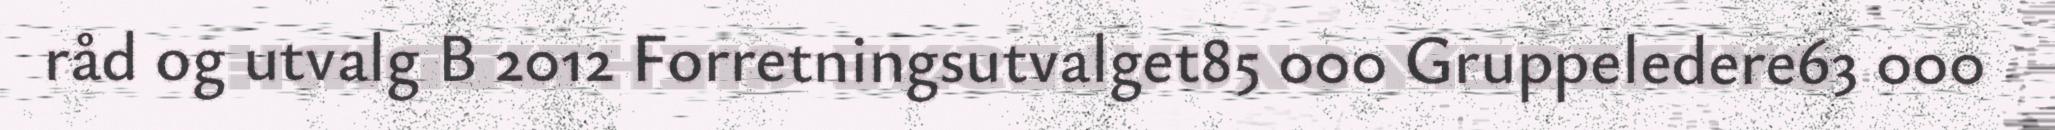
råd og utvalg B 2012 Forretningsutvalget85 000 Gruppeledere63 000